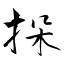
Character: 挆